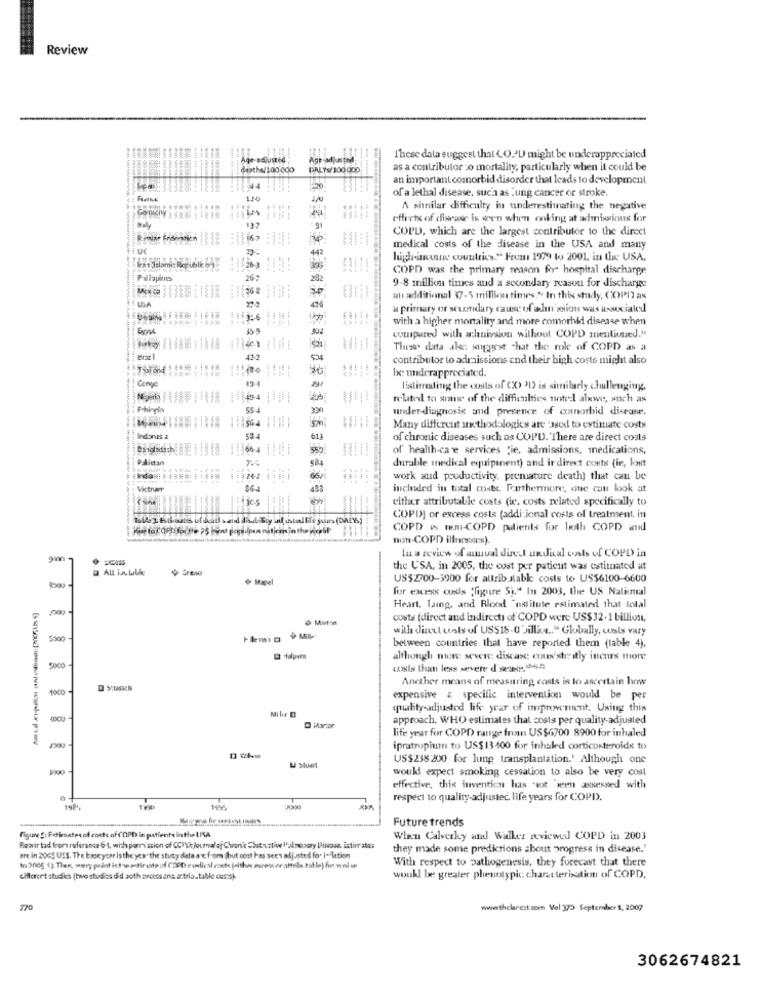
Review
ww
Age-adjusted ;
Age-adjusted
These data suggest that CO.ªU might be underappreciated
deathe/1000do
DALYS/ 100.000
as a contributor :o mortality, particularly when it could be
an important comorbid disorder that leads to development
$ 244
of a lethal disease, such as Lung cancer or stroke.
A shnilar difficulty in underestimating the negative
effects of disease is een when onking at admissions for
COPD, which are the largest contributor to the direct
U
medical costs of the disease in the USA and many
Issalami: Republ
high-imune countries." Frum 1979 to 2001, in the USA,
COPD was the primary reason for hospital discharge
Pallapine
9.8 million times and a secondary reason for discharge
...
au additional 37.5 million times." In this study, COPD as
a primary or scumdary cause of ahan'ssion was asociale
1:6
=
with a higher mortality and more comorbid disease when
compared with ahuirsion without COPD mentioned."
=
These. data ake soiggest chat the role of COPD as a
contributor lo admissions and their high coste might also
be underappreciated.
l'stirresting the costs of (X) 21) is similarly challenging,
484:44
related to some of the difficulties noted alwww :, such as
under-diagnosis and presence of connorbid disease.
-
-
Many different anethodologies are 'Jod to estimate costs
indones
613
of chronic diseases such as COPD. There are direct costs
664
of health-care services ;je, admissions, medications,
Palbittan
=
584
durable medical equipment) and ir direct conts fie, lost
work and productivity. premature death) that can be
Victnar
56
included in total costs. Farthermore, one can look at
either attributable costs (ie, costs related specifically to
COPD] or excess costa (additional costs of treatment, in
COPD ø Tou-COPD patients for both COPD and
non-COPD illrecseces).
In a review of annual direct undical oals of COPD in
ALL in tubke
the USA, in 2005, the cost per patient was estimated at
+ Mapel
US$2700-3900 for altribustabk costs to US$6100-6600
for excess ouls "figure S)." In 2003, the US National
Heart. laing, and Blood "nstitute estimated that total
8
0 Muts
costa (direct and indirecti of COPD were US$32.1 billion,
with dinat tests of US$18-0 Tillis." Globally, costs vary
5300
between countries that have reported them (table 4),
although more severe discasc cou'ste itly incours more
5000
zwis than les servere d'sist, In
Anether means of measuring costs is to ascertain howwe
1000
expensive & specific intervention would be per
Milf @
quality-adjusted life year of improvement. Using this
approach, WHO estimates that costs per quality-adjusted
life year for COPD range from US$6700 8900 for inhaled
ipratropium to US$ 13 400 for inhaled corticosteroids to
US$238 200 for lung transplantation.' Although one
& Sluert
wouki expect smoking cessation to also be very cool
effective, this invention has "sot "ween assessed with
0-
respect to quality-adjusted. life years for COPI).
199
Future trends
Figure g: Fetimates of corte of COPD in patients inthe USA
When Calverky and Walker reviewed COPD in 2003
Rawir tad from referance 6 1, with permission of CCI's Journalof Chronic Shutstiw Pulmonary Dirose, istin ats:
they made some predictions about progress in disease.'
ere in 20GS USS. The kaseycer isthe year the stusy data are from (but cost as sees adjusted fo. i-lation
With respect to pathogenesis, they forecast that there
in 2005 1). Then, morg point ict we firste af (SPD radical coste (eithes muren eratteils table) fre wni ie
cifterer't studies (two studios did aoth avcess ans atria.table coste).
woukl be greater phenotypic character isation of COPD,
770
wwwwwwthelarest.com Vol 170 September 1, 2007
3062674821